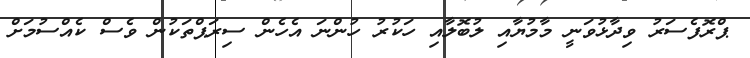
ޕްރޮފެސަރު ވިދާޅުވަނީ މާމުޔާއި ލުބޮލާއި ހަކުރު ހުންނަ އެހެން ސިރަޕްތަކުން ވެސް ކެއްސުމަށް